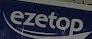
ezetop